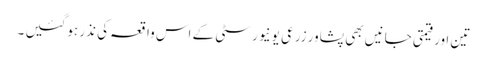
تین اور قیمتی جانیں بھی پشاور زرعی یونیورسٹی کے اس واقعہ کی نذر ہوگئیں ۔